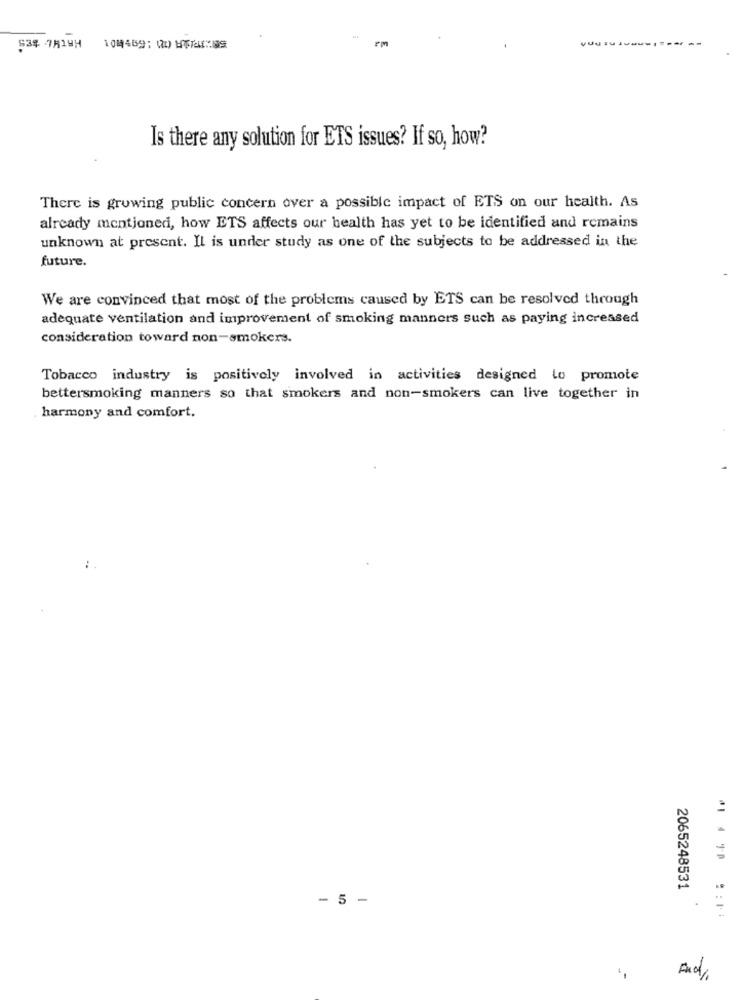
VUUTU
53$ 7H19H
10時46分; (2) 日本たばこ魔法
Is there any solution for ETS issues? If so, how?
There is growing public concern over a possible impact of ETS on our health. As
already mentioned, how ETS affects our health has yet to be identified and remains
unknown at present. Il is under study as one of the subjects to be addressed in the
future.
We are convinced that most of the problems caused by ETS can be resolved through
adequate ventilation and improvement of smoking manners such as paying increased
consideration toward non-smokers.
Tobacco industry is positively involved in activities designed to promote
bettersmoking manners so that smokers and non-smokers can live together in
harmony and comfort.
2065248531
- 5 -
.
And ,